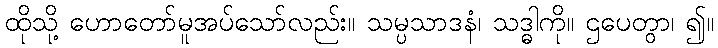
ထိုသို့ ဟောတော်မူအပ်သော်လည်း။ သမ္ပသာဒနံ၊ သဒ္ဓါကို။ ဌပေတွာ၊ ၍။